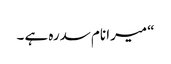
“ میرا نام سدرہ ہے ۔